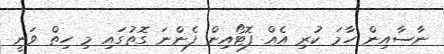
ނާސާއިން ހާމަ ކުރި އެއް ފޮޓޯއިން ފެންނަ ގޮތުގައި މި ހިތް ވަނީ